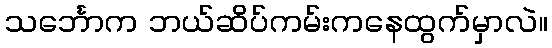
သင်္ဘောက ဘယ်ဆိပ်ကမ်းကနေထွက်မှာလဲ။